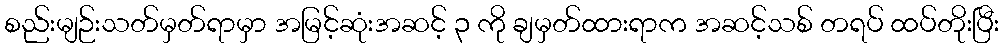
စည်းမျဉ်းသတ်မှတ်ရာမှာ အမြင့်ဆုံးအဆင့် ၃ ကို ချမှတ်ထားရာက အဆင့်သစ် တရပ် ထပ်တိုးပြီး